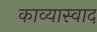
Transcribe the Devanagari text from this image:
काव्यास्वाद